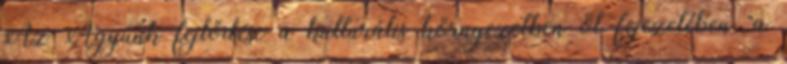
Az Agyunk fejlődése a kulturális környezetben öt fejezetében "a